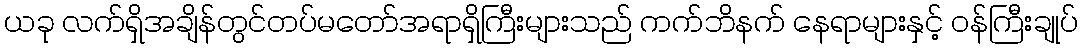
ယခု လက်ရှိအချိန်တွင်တပ်မတော်အရာရှိကြီးများသည် ကက်ဘိနက် နေရာများနှင့် ဝန်ကြီးချုပ်